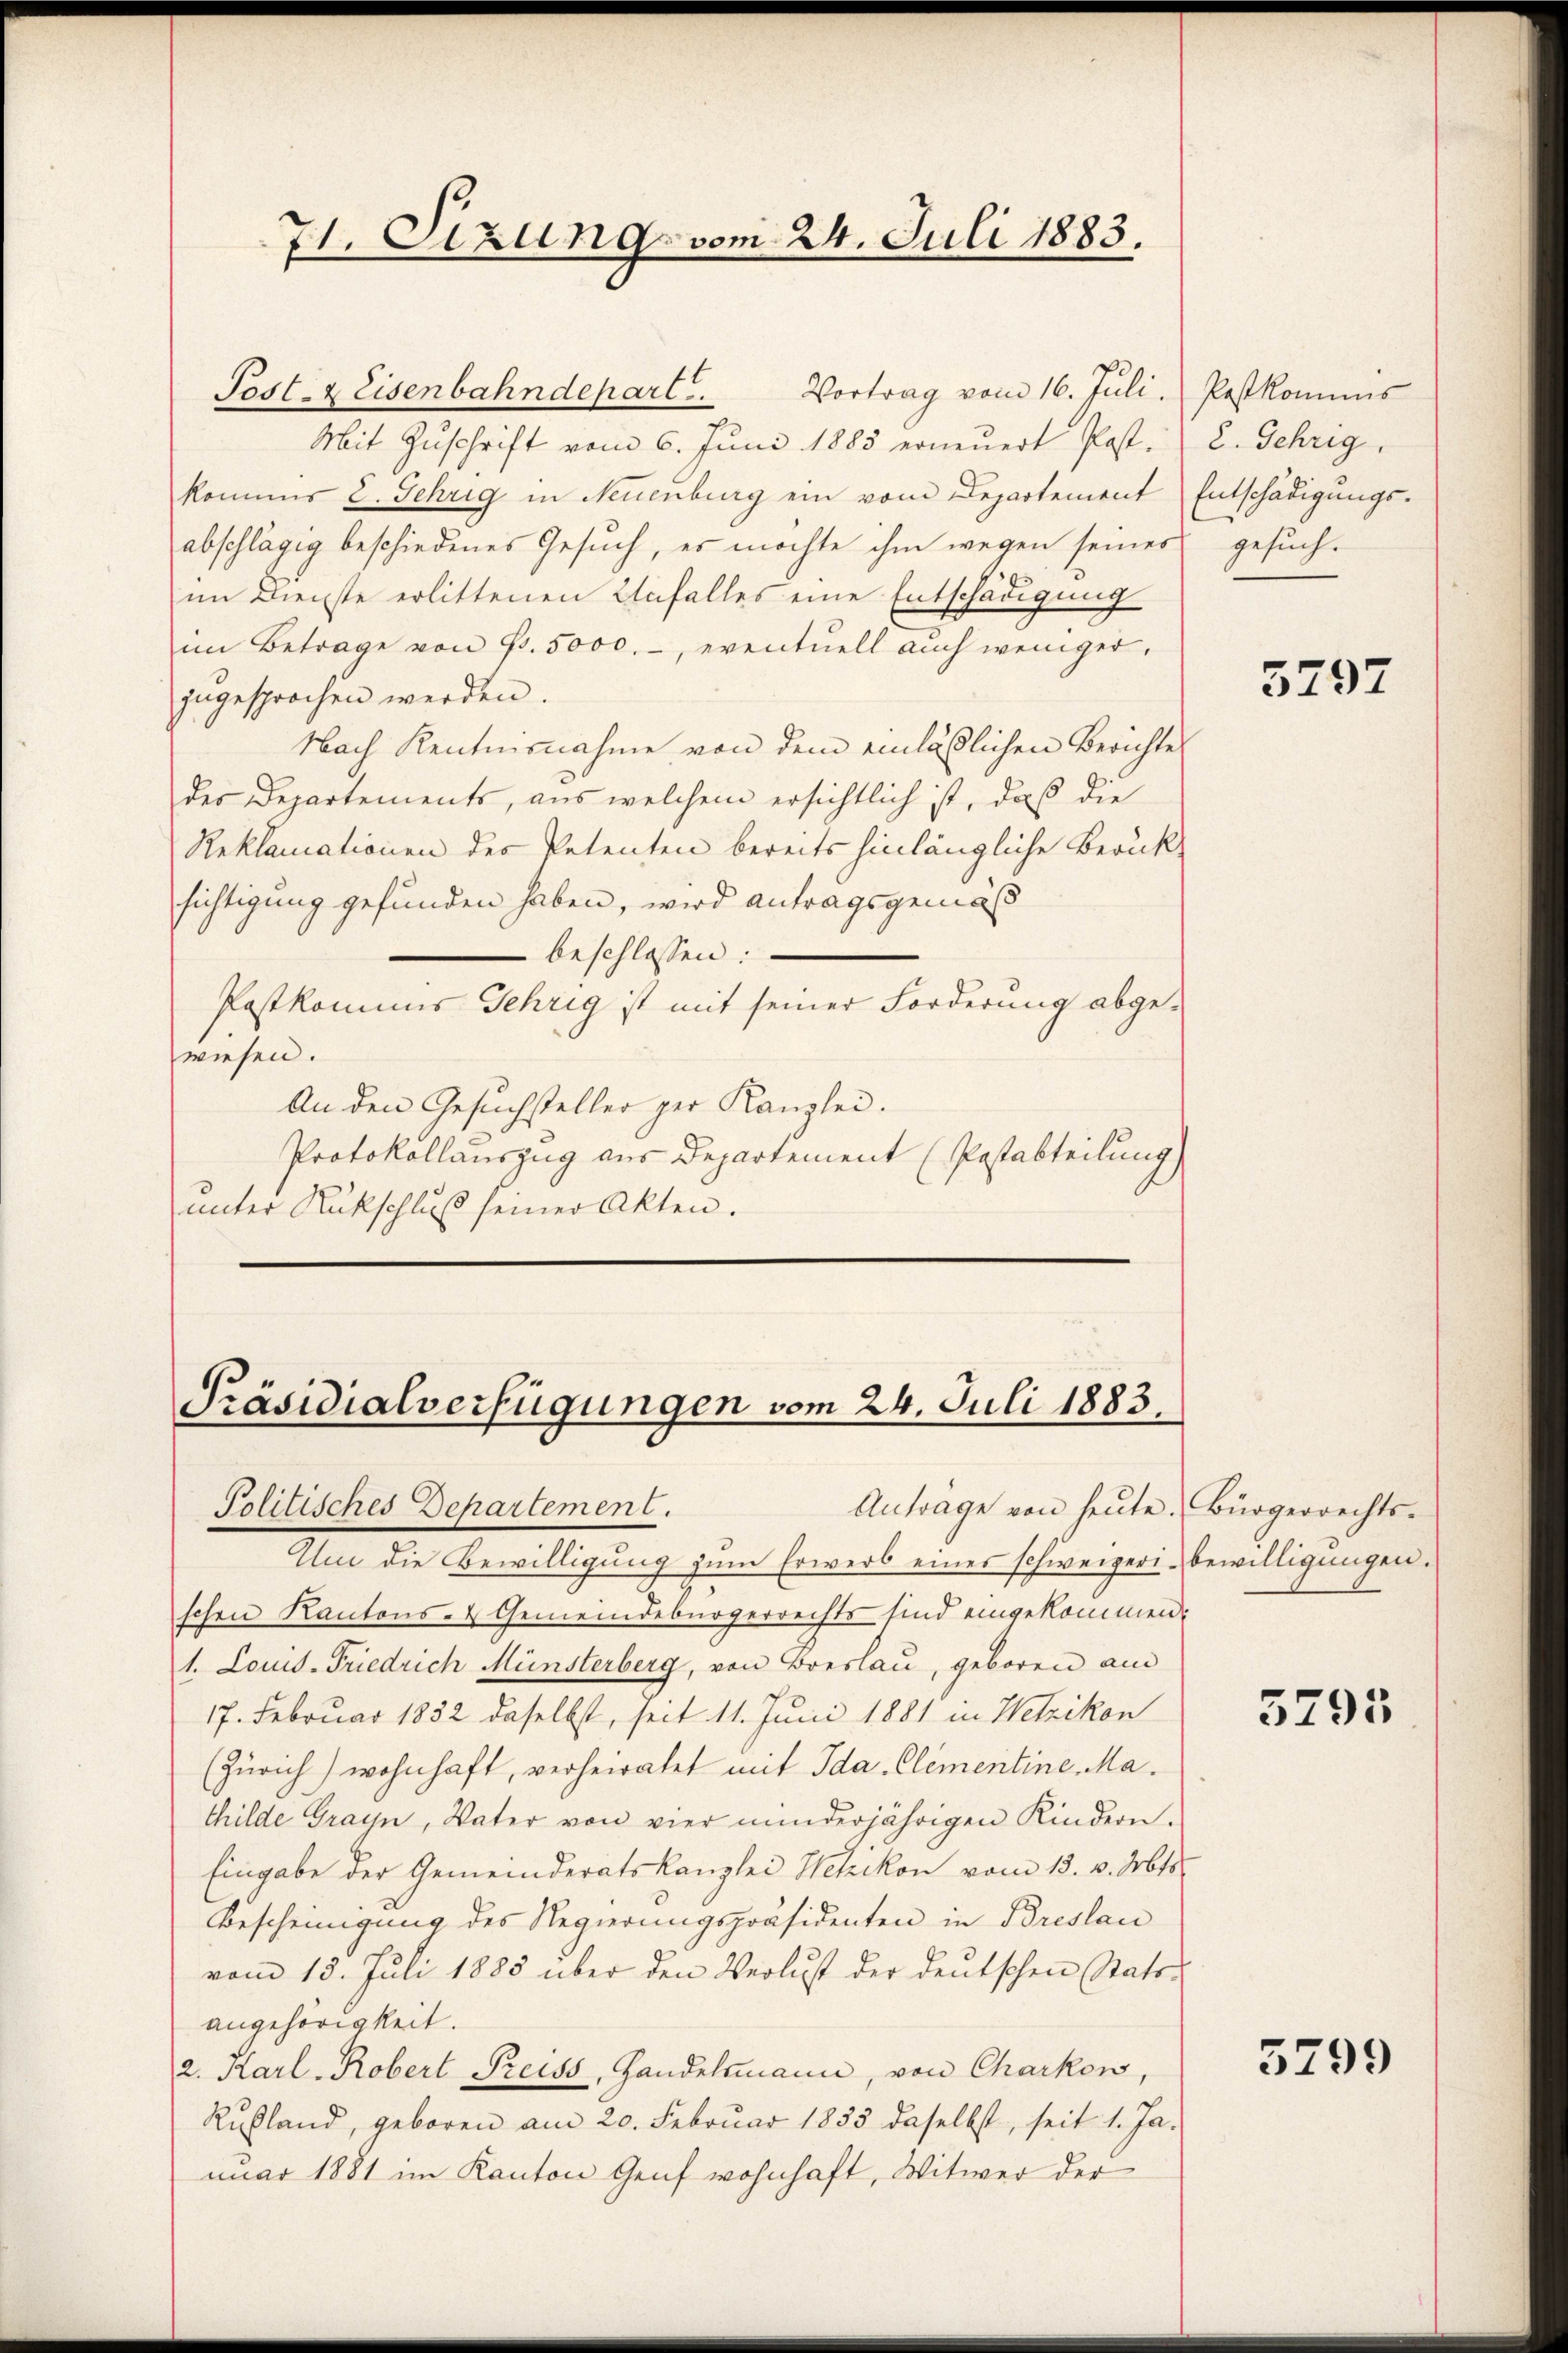
71. Sizung vom 24. Juli 1883.

Post- & Eisenbahndepart.
Mit Zŭschrift vom 6. Jŭni 1885 erneŭert Post-
kommis E. Gehrig in Neuenburg ein vom Departement Entschädigungs-
abschlägig beschiedenes Gesuch, es möchte ihm wegen seines
im Dienste erlittenen Unfalles eine Entschädigung
im Betrage von Fr. 5000.-, eventuell auch weniger,
zugesprochen werden.
Nach Kenntnisnahme von dem einläßlichen Berichte
des Departements, aus welchem ersichtlich ist, daß die
Reklamationen des Petenten bereits hinlängliche Berück-
sichtigung gefunden haben, wird antragsgemäß
beschlossen:
Postkommis Gehrig ist mit seiner Forderung abge-
wiesen.
An den Gesuchsteller per Kanzlei.
Protokollauszug aus Departement (Pastabteilung)
unter Rückschluß seiner Akten.

Vortrag vom 16. Juli. Postkominis

Präsidialverfügungen vom 24. Juli 1883.
Antrage von heute. Bürgerrechts-
Politisches Departement.

Um die Bewilligung zŭm Erwerb eines schweizeri- bewilligungen.
schen Kantons- & Gemeindebürgerrechts sind eingekommen:
1. Louis-Friedrich Münsterberg, von Breslau, geboren am
17. Februar 1832 daselbst, seit 11. Juni 1881 in Wetzikon
(Zürich) wohnhaft, verheiratet mit Ida. Clementine Mathilde Grayn, Vater von vier minderjährigen Kindern.
Eingabe der Gemeinderatskanzlei Wetzikon vom 13. v. Mts.
Bescheinigung des Regierungspräsidenten in Breslau
vom 13. Juli 1885 über den Verlust der deutschen Rats-
angehörigkeit.
2. Karl. Robert Preiss, Handelmann, von Charkow,
Rußland, geboren am 20. Februar 1835 daselbst, seit 1. Ja-
nuar 1881 im Kanton Genf wohnhaft, Witwer der

2. Gehrig
gesuch.

3797

5795

5799